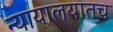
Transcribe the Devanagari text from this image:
न्यायालयातच